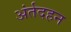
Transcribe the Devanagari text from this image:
अंर्तदहन